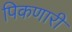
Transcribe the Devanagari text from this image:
पिकणारी